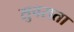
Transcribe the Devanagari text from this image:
सुवराता